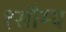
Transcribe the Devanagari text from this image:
१सौम्य